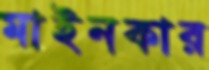
মাইনকার